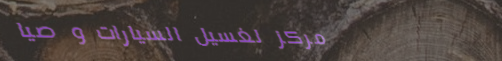
مركز لغسيل السيارات و صيا